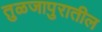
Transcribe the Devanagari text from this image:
तुळजापुरातील